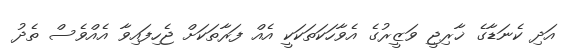
އަދި ކެނަޑާގެ ޚާރިޖީ ވަޒީރުގެ އެވާހަކަތަކަކީ އެއް ފަރާތަކަށް ޖެހިފައިވާ އެއްވެސް ތެދު